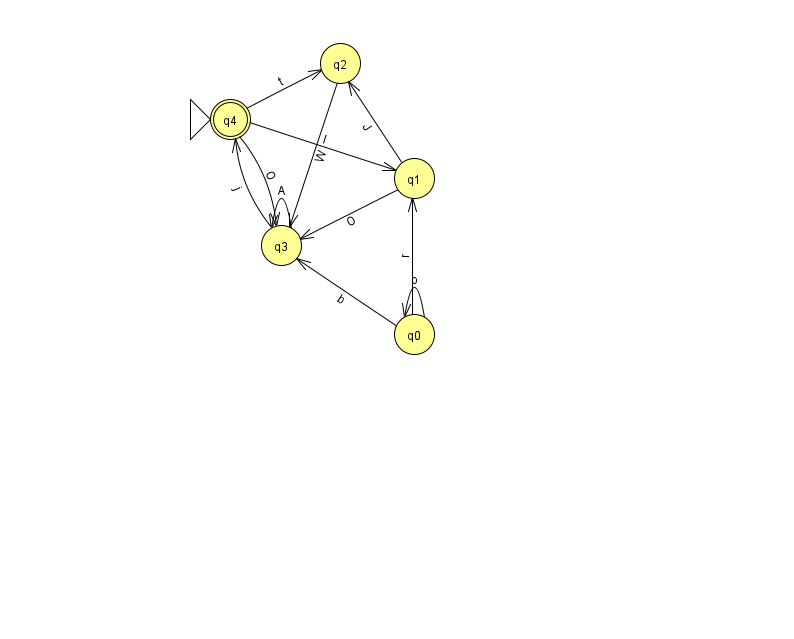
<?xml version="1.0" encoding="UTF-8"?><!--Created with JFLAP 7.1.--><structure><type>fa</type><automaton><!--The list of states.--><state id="0" name="q0"><x>414.0</x><y>321.0</y></state><state id="1" name="q1"><x>414.0</x><y>165.0</y></state><state id="2" name="q2"><x>340.0</x><y>50.0</y></state><state id="3" name="q3"><x>281.0</x><y>232.0</y></state><state id="4" name="q4"><x>230.0</x><y>106.0</y><initial/><final/></state><!--The list of transitions.--><transition><from>1</from><to>3</to><read>O</read></transition><transition><from>3</from><to>3</to><read>A</read></transition><transition><from>4</from><to>3</to><read>O</read></transition><transition><from>0</from><to>1</to><read>r</read></transition><transition><from>1</from><to>2</to><read>J</read></transition><transition><from>2</from><to>3</to><read>W</read></transition><transition><from>3</from><to>4</to><read>j</read></transition><transition><from>4</from><to>2</to><read>t</read></transition><transition><from>0</from><to>3</to><read>b</read></transition><transition><from>0</from><to>0</to><read>o</read></transition><transition><from>4</from><to>1</to><read>l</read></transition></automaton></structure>